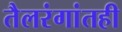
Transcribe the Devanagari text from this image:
तैलरंगांतही